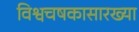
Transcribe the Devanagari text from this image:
विश्वचषकासारख्या